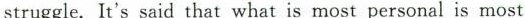
struggle. It's said that what is most personal is most